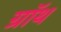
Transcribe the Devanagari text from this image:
ग्रॉथ